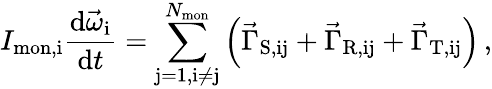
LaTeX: I_{\mathrm{mon,i}}\frac{\mathrm{d}\vec{\omega}_{\mathrm{i}}}{\mathrm{d}t}=\sum_{\mathrm{j=1,i\neq j}}^{N_{\mathrm{mon}}}{\left(\vec{\Gamma}_{\mathrm{S,ij}}+\vec{\Gamma}_{\mathrm{R,ij}}+\vec{\Gamma}_{\mathrm{T,ij}}\right)}\, ,